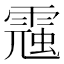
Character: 𩄁